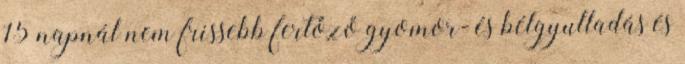
15 napnál nem frissebb fertőző gyomor- és bélgyulladás és